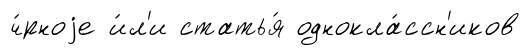
ч́рноjе и́л'и статья́ однокла́ссн'иков